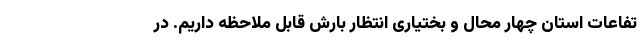
تفاعات استان چهار محال و بختیاری انتظار بارش قابل ملاحظه داریم. در